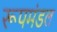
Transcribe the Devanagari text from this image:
रूपमंडल